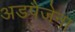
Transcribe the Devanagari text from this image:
अडपैजेना